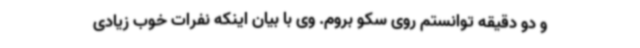
و دو دقیقه توانستم روی سکو بروم. وی با بیان اینکه نفرات خوب زیادی